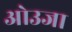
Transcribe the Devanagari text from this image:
ओउजा